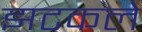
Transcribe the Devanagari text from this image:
झटकले